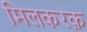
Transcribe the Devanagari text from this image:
मिलकरक़